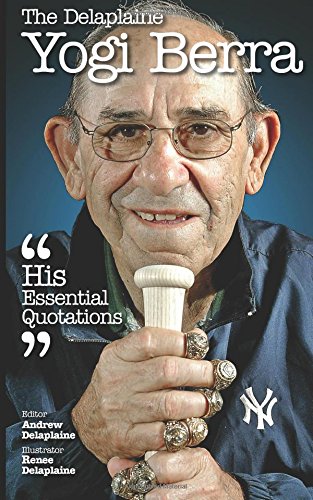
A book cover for The Delaplaine Yogi Berra - His Essential Quotations (Delaplaine Essential Quotations); Andrew Delaplaine; Biographies & Memoirs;